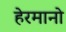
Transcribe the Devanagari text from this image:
हेरमानो